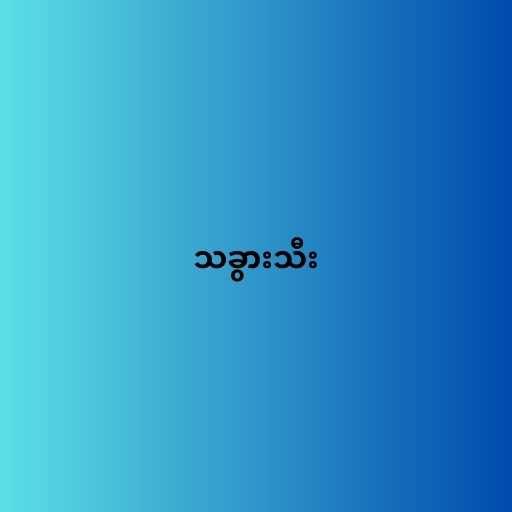
သခွားသီး